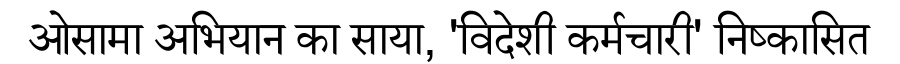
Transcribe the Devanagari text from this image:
ओसामा अभियान का साया, 'विदेशी कर्मचारी' निष्कासित